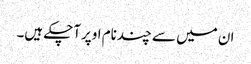
ان میں سے چندنام اوپرآچکے ہیں۔